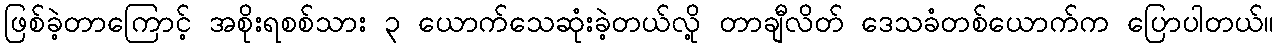
ဖြစ်ခဲ့တာကြောင့် အစိုးရစစ်သား ၃ ယောက်သေဆုံးခဲ့တယ်လို့ တာချီလိတ် ဒေသခံတစ်ယောက်က ပြောပါတယ်။